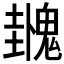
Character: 𫙌